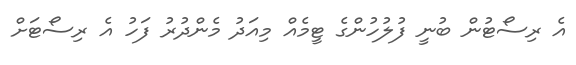
އެ ރިސޯޓުން ބުނީ ފުލުހުންގެ ޓީމެއް މިއަދު މެންދުރު ފަހު އެ ރިސޯޓަށް